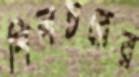
শিলচরের